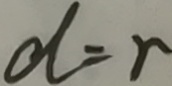
d = r